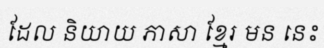
ដែល និយាយ ភាសា ខ្មែរ មន នេះ